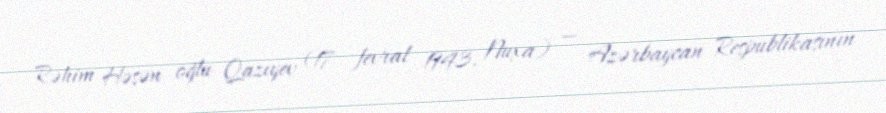
Rəhim Həsən oğlu Qazıyev (17 fevral 1943, Nuxa) — Azərbaycan Respublikasının